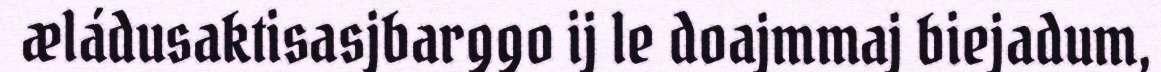
æládusaktisasjbarggo ij le doajmmaj biejadum,